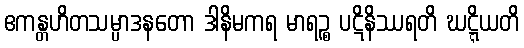
ဧကန္တဟိတသမ္ပာဒနတော ဒါနိမကရ မာရဉ္စ ပဋိနိဿရတိ ဃဋ္ဋိယတိ